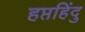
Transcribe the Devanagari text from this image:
हप्तहिंदु